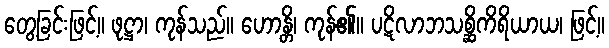
တွေ့ခြင်းဖြင့်။ ဖုဋ္ဌာ၊ ကုန်သည်။ ဟောန္တိ၊ ကုန်၏။ ပဋိလာဘသစ္ဆိကိရိယာယ၊ ဖြင့်။